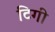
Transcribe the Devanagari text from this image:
टिगी